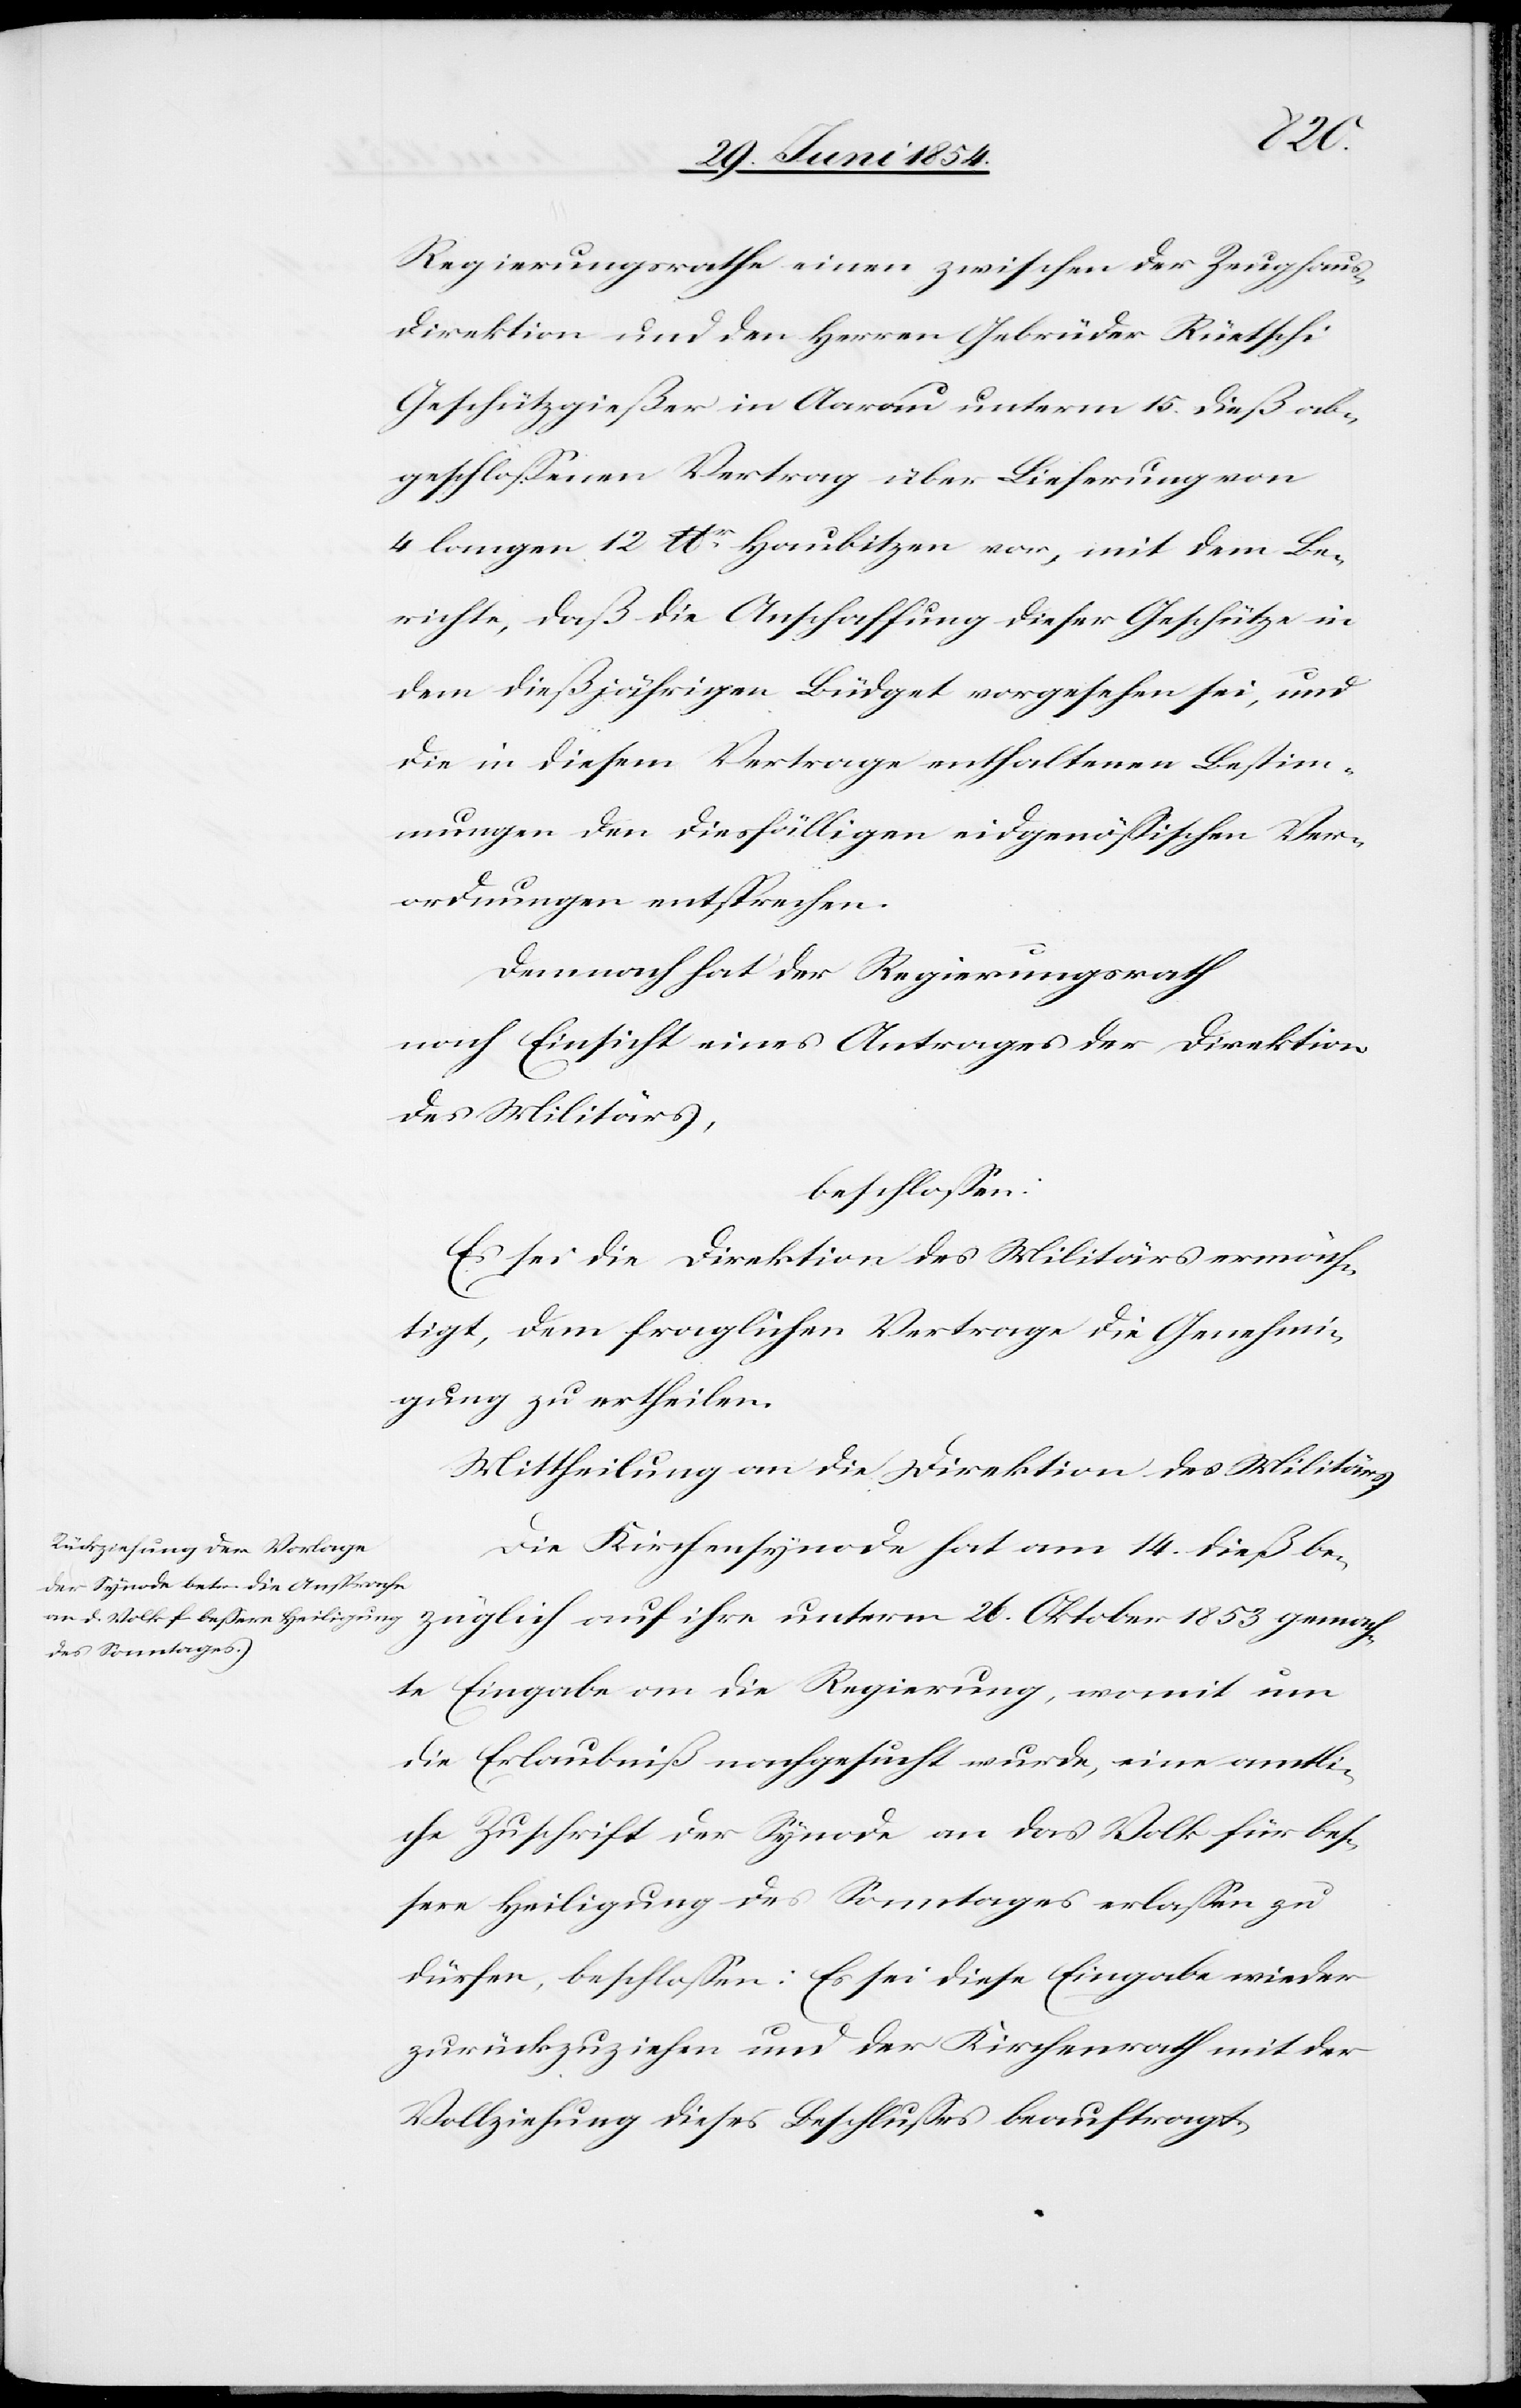
gemach¬
Regierungsrathe einen zwischen der Zeughaus¬
direktion und den Herren Gebrüder Rüetschi
Geschützgießer in Aarau unterm 15. dieß ab¬
geschloßenen Vertrag über Lieferung von
4 Langen 12 lbr Haubitzen vor, mit dem Be¬
richte, daß die Anschaffung dieser Geschütze in
dem dießjährigen Büdget vorgesehen sei, und
die in diesem Vertrage enthaltenen Bestim¬
mungen den diesfälligen eidgenößischen Ver¬
ordnungen entsprechen.
Demnach hat der Regierungsrath
nach Einsicht eines Antrages der Direktion
des Militärs,
beschloßen:
Es sei die Direktion des Militärs ermäch¬
tigt, dem fraglichen Vertrage die Genehmi¬
gung zu ertheilen.
Mittheilung an die Direktion des Militärs.
Die Kirchensynode hat am 14. dieß be¬
te Eingabe an die Regierung, womit um
die Erlaubniß nachgesucht wurde, eine amtli¬
che Zuschrift der Synode an das Volk für beß¬
ere Heiligung des Sonntages erlaßen zu
dürfen, beschloßen: Es sei diese Eingabe wieder
zurückzuziehen und der Kirchenrath mit der
Vollziehung dieses Beschlußes beauftragt.